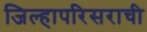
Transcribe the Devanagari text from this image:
जिल्हापरिसराची